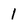
Character: 1